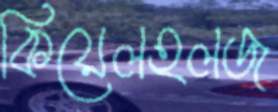
কিয়েলহলজ